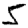
Digit: 5